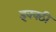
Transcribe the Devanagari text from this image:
इक्क्ठी